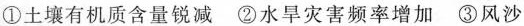
①土壤有机质含量锐减②水旱灾害频率增加③风沙